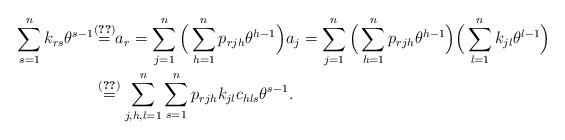
LaTeX: \begin{align*}\sum_{s=1}^{n}k_{rs}\theta^{s-1} & \overset{\eqref{eq:a_i-k_ij-theta}}{{=}}a_{r}=\sum_{j=1}^{n}\Big(\sum_{h=1}^{n}p_{rjh}\theta^{h-1}\Big)a_{j}=\sum_{j=1}^{n}\Big(\sum_{h=1}^{n}p_{rjh}\theta^{h-1}\Big)\Big(\sum_{l=1}^{n}k_{jl}\theta^{l-1}\Big)\\ & \overset{\eqref{eq:theta-i-theta-j-c_ijk}}{=}\sum_{j,h,l=1}^{n}\sum_{s=1}^{n}p_{rjh}k_{jl}c_{hls}\theta^{s-1}.\end{align*}